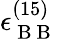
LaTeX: \epsilon_{\mathrm{~B~B~}}^{(15)}